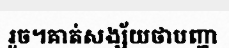
រួច។គាត់សង្ស័យថាបញ្ហា